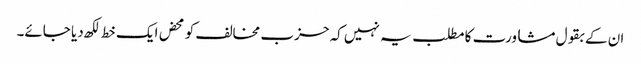
ان کے بقول مشاورت کا مطلب یہ نہیں کہ حزب مخالف کو محض ایک خط لکھ دیا جائے۔